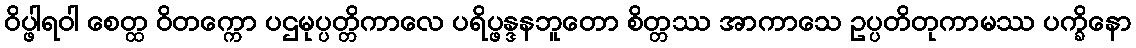
ဝိပ္ဖါရဝါ စေတ္ထ ဝိတက္ကော ပဌမုပ္ပတ္တိကာလေ ပရိပ္ဖန္ဒနဘူတော စိတ္တဿ အာကာသေ ဥပ္ပတိတုကာမဿ ပက္ခိနော